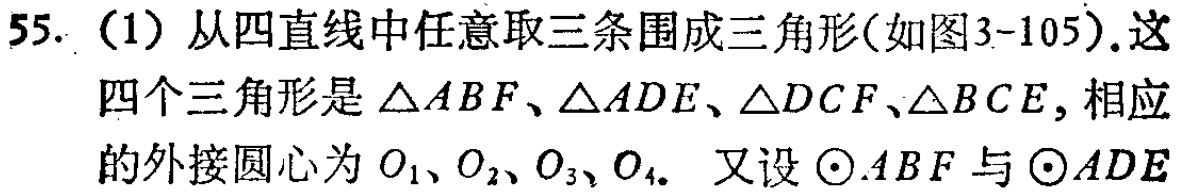
55. （1）从四直线中任意取三条围成三角形(如图3-105). 这四个三角形是\(\triangle ABF\)、\(\triangle ADE\)、\(\triangle DCF\)、\(\triangle BCE\), 相应的外接圆心为 \(O_1\)、\(O_2\)、\(O_3\)、\(O_4\). 又设\(\odot ABF\)与\(\odot ADE\)